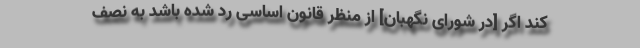
کند اگر [در شورای نگهبان] از منظر قانون اساسی رد شده باشد به نصف